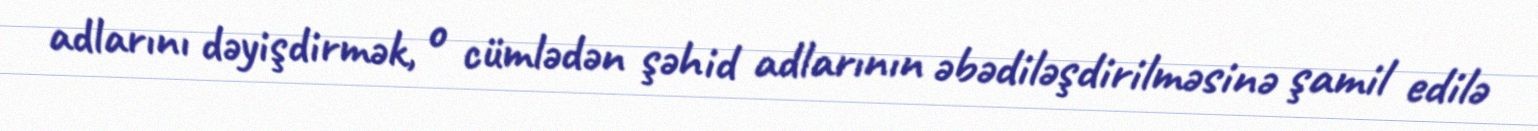
adlarını dəyişdirmək, o cümlədən şəhid adlarının əbədiləşdirilməsinə şamil edilə